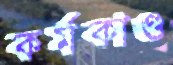
কর্মকাণ্ড